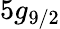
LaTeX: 5g_{9/2}